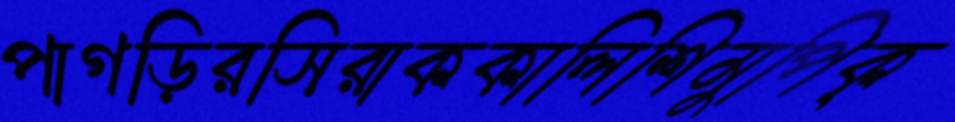
পাগড়িরসিরাককালিশিমুপিক্